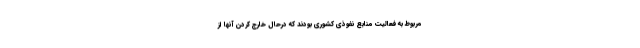
مربوط به فعالیت منابع نفوذی کشوری بودند که درحال خارج کردن آنها از